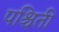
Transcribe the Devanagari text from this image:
पश्चिती